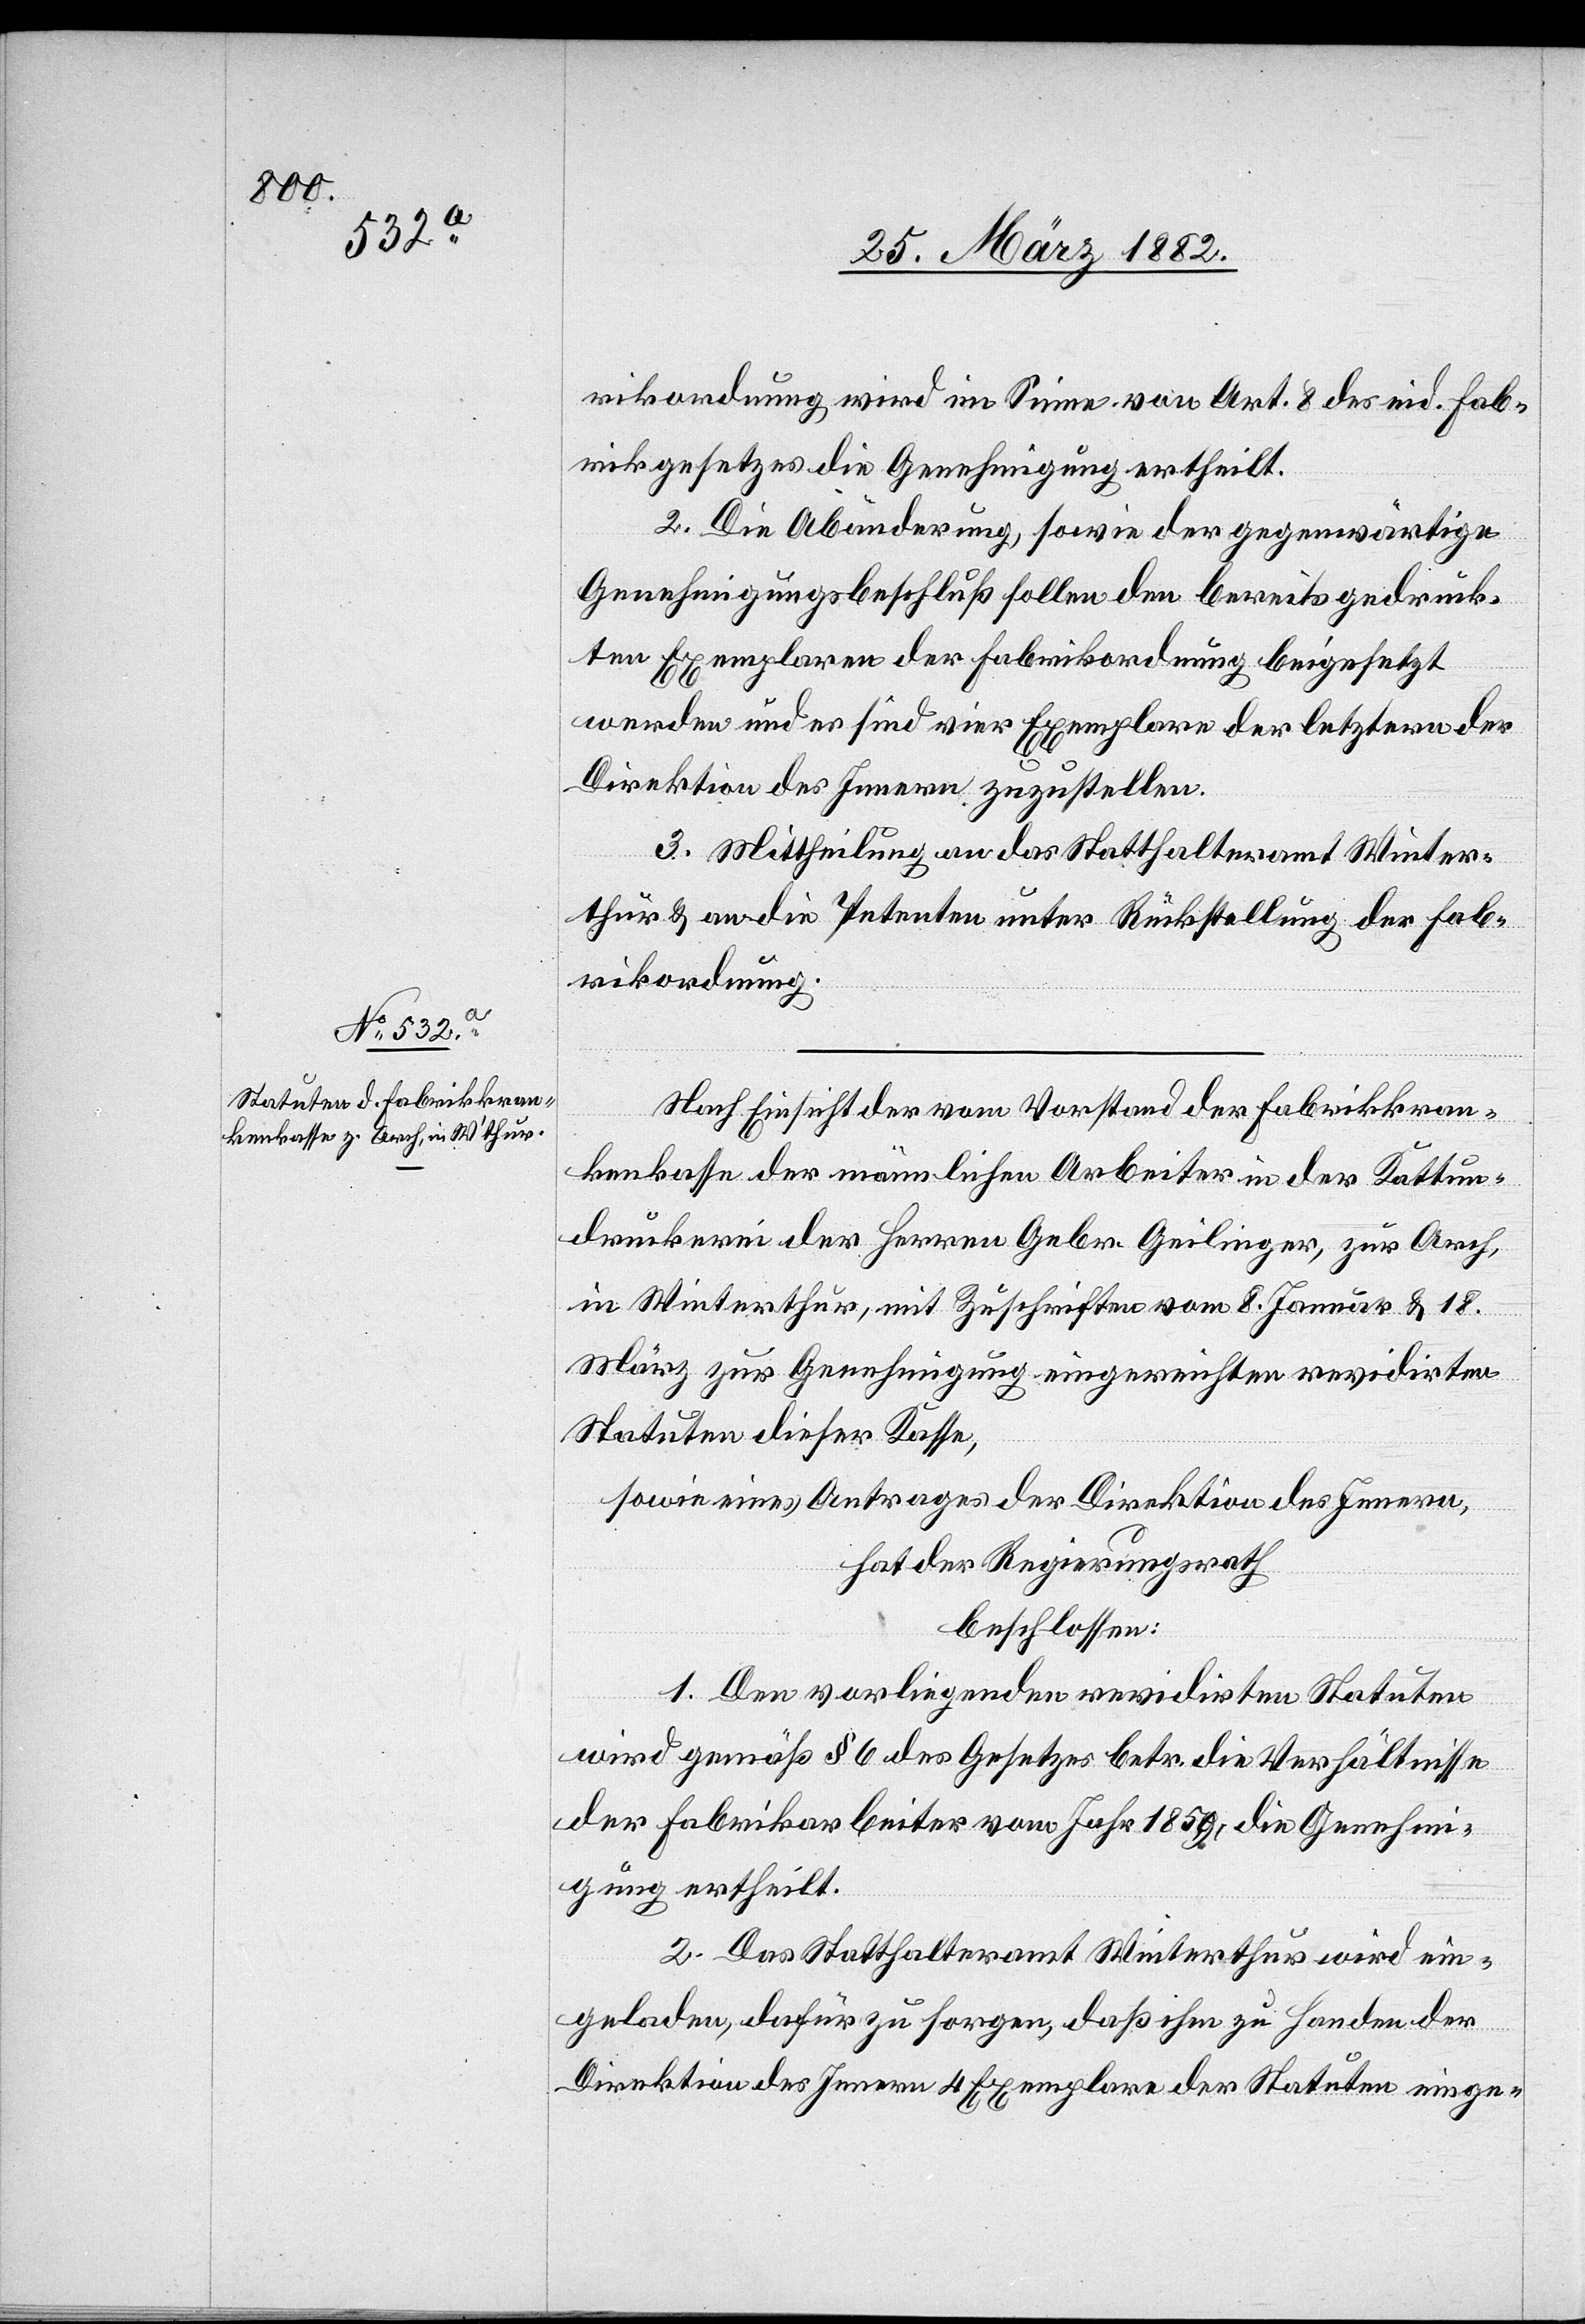
rikordnung wird im Sinne von Art. 8 des eid. Fab¬
rikgesetzes die Genehmigung ertheilt.
2. Die Abänderung sowie der gegenwärtige
Genehmigungsbeschluß sollen den bereits gedruck¬
ten Exemplaren der Fabrikordnung beigesetzt
werden und es sind vier Exemplare der letztern der
Direktion des Innern zuzustellen.
3. Mittheilung an das Statthalteramt Winter¬
thur & an die Petenten unter Rückstellung der Fab¬
rikordnung.
Nach Einsicht der vom Vorstand der Fabrikkran¬
kenkasse der nämlichen Arbeiter in der Kattun¬
druckerei der Herren Gebr. Geilinger, zur Arch,
in Winterthur, mit Zuschriften vom 8. Januar & 18.
März zur Genehmigung eingereichten revidirten
Statuten dieser Kasse,
sowie eines Antrages der Direktion des Innern,
hat der Regierungsrath
beschlossen:
1. Den vorliegenden revidirten Statuten
wird gemäß § 6 des Gesetzes betr. die Verhältnisse
der Fabrikarbeiter vom Jahr 1869, die Genehmi¬
gung ertheilt.
2. Das Statthalteramt Winterthur wird ein¬
geladen, dafür zu sorgen, daß ihm zu Handen der
Direktion des Innern 4 Exemplare der Statuten einge-